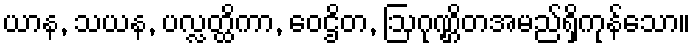
ယာန, သယန, ပလ္လတ္ထိကာ, ဝေဌိတ, ဩဂုဏ္ဌိတအမည်ရှိကုန်သော။